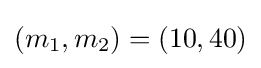
(m_{1},m_{2})=(10,40)